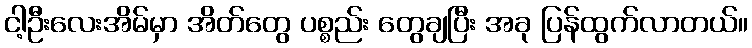
ငါ့ဦးလေးအိမ်မှာ အိတ်တွေ ပစ္စည်း တွေချပြီး အခု ပြန်ထွက်လာတယ်။